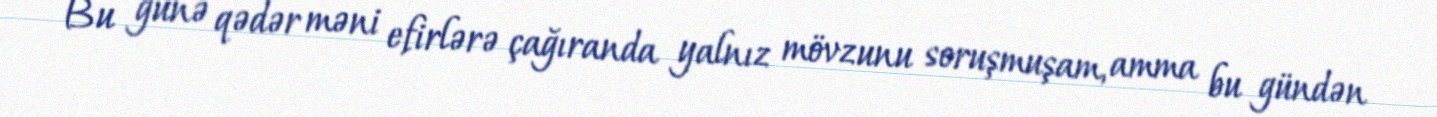
Bu günə qədər məni efirlərə çağıranda yalnız mövzunu soruşmuşam, amma bu gündən